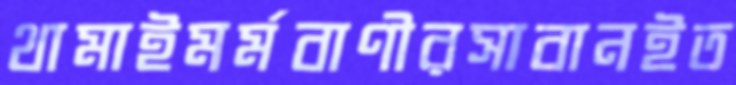
থামাইমর্মবাণীরসাবানইত